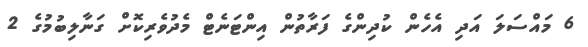
6 މައްސަލަ އަދި އެހެން ކުދިންގެ ފަރާތުން އިންޓަނެޓް މެދުވެރިކޮށް ގަނާލިބުމުގެ 2